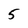
Character: 5